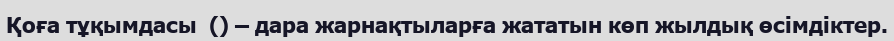
Қоға тұқымдасы  () – дара жарнақтыларға жататын көп жылдық өсімдіктер.